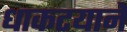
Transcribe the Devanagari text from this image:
धाकटयानें